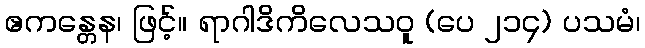
ဧကန္တေန၊ ဖြင့်။ ရာဂါဒိကိလေသဝူ (ပေ ၂၁၄) ပသမံ၊